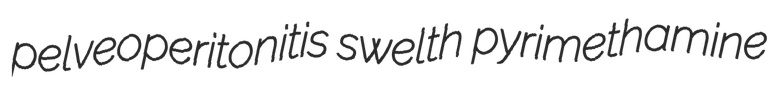
pelveoperitonitis swelth pyrimethamine